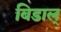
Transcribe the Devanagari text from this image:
बिडाल्